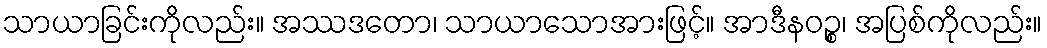
သာယာခြင်းကိုလည်း။ အဿဒတော၊ သာယာသောအားဖြင့်။ အာဒီနဝဉ္စ၊ အပြစ်ကိုလည်း။